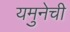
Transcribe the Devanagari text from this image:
यमुनेची